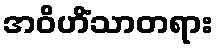
အဝိဟိံသာတရား